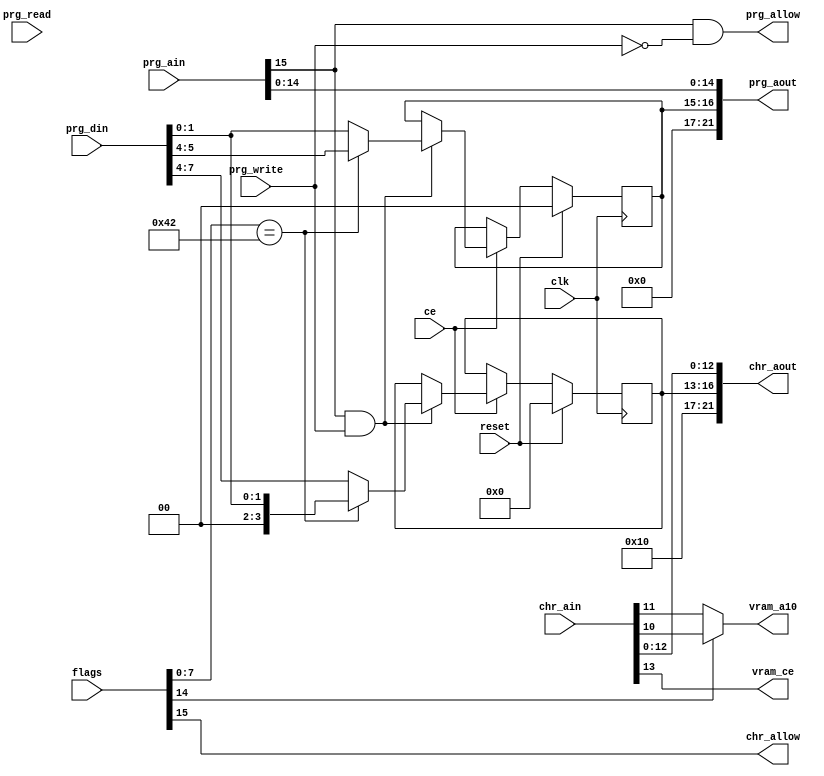
module Mapper66(input clk, input ce, input reset,
                input [31:0] flags,
                input [15:0] prg_ain, output [21:0] prg_aout,
                input prg_read, prg_write,                   
                input [7:0] prg_din,
                output prg_allow,                            
                input [13:0] chr_ain, output [21:0] chr_aout,
                output chr_allow,                      
                output vram_a10,                             
                output vram_ce);                             
  reg [1:0] prg_bank;
  reg [3:0] chr_bank;
  wire GXROM = (flags[7:0] == 66);
  always @(posedge clk) if (reset) begin
    prg_bank <= 0;
    chr_bank <= 0;
  end else if (ce) begin
    if (prg_ain[15] & prg_write) begin
      if (GXROM)
        {prg_bank, chr_bank} <= {prg_din[5:4], 2'b0, prg_din[1:0]};
      else 
        {chr_bank, prg_bank} <= {prg_din[7:4], prg_din[1:0]};
    end
  end
  assign prg_aout = {5'b00_000, prg_bank, prg_ain[14:0]};
  assign prg_allow = prg_ain[15] && !prg_write;
  assign chr_allow = flags[15];
  assign chr_aout = {5'b10_000, chr_bank, chr_ain[12:0]};
  assign vram_ce = chr_ain[13];
  assign vram_a10 = flags[14] ? chr_ain[10] : chr_ain[11];
endmodule